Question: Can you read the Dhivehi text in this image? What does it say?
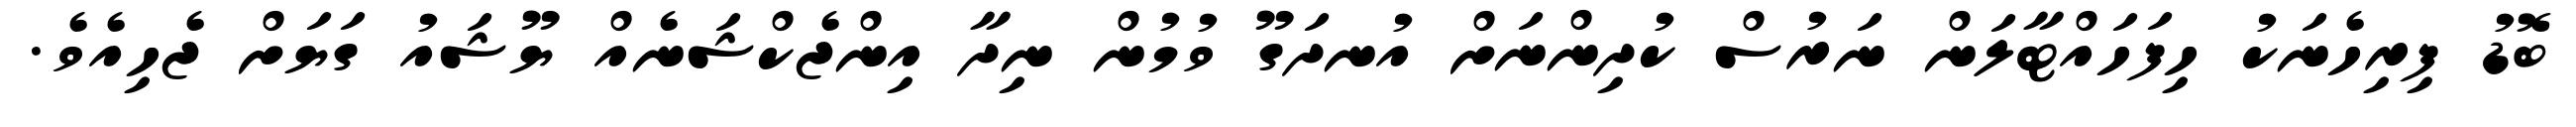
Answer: ބޮޑު ފިރިހެނަކު ހިފަހައްޓާލަން ނަރުސް ކުދިންނަށް އުނދަގޫ ވުމުން ނިދާ އިންޖެކްޝަނެއް ޔޫޝައު ގަޔަށް ޖެހިއެވެ.